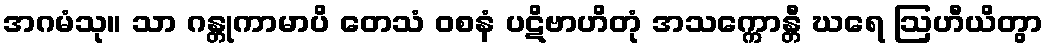
အဂမံသု။ သာ ဂန္တုကာမာပိ တေသံ ဝစနံ ပဋိဗာဟိတုံ အသက္ကောန္တီ ဃရေ ဩဟီယိတွာ